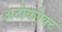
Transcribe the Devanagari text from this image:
अटोकरेक्ट